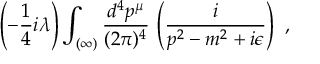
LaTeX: \left( - \frac { 1 } { 4 } i \lambda \right) \int _ { ( \infty ) } \frac { d ^ { 4 } p ^ { \mu } } { ( 2 \pi ) ^ { 4 } } \, \left( \frac { i } { p ^ { 2 } - m ^ { 2 } + i \epsilon } \right) \ ,